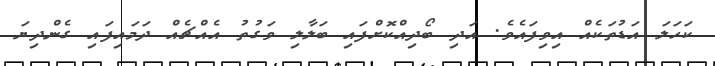
ކަހަލަ އަޑުތަކެއް އިވިފައެވެ. އަދި ބޯދިއްކޮށްފައި ބަލާލި ވަގުތު އެއްޗެއް ދަމައިފައި ގެންދިޔަ